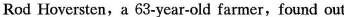
Rod Hoversten, a 63-year-old farmer,found out